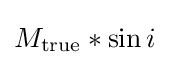
M_{\text{true}}*{\sin i}